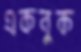
একবুক